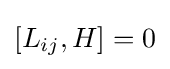
[L_{ij},H]=0